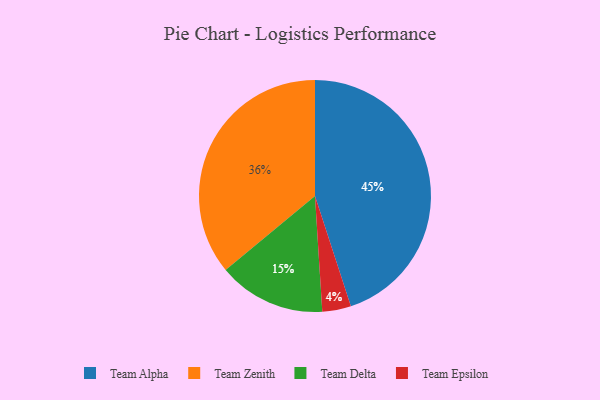
{"axis": {"x": "Category", "y": "Percentage"}, "legend": ["Team Alpha", "Team Delta", "Team Epsilon", "Team Zenith"], "data": [{"x": "Team Zenith", "y": 36, "type": "Team Zenith"}, {"x": "Team Epsilon", "y": 4, "type": "Team Epsilon"}, {"x": "Team Alpha", "y": 45, "type": "Team Alpha"}, {"x": "Team Delta", "y": 15, "type": "Team Delta"}]}